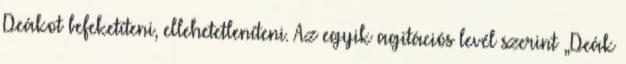
Deákot befeketíteni, ellehetetleníteni. Az egyik agitációs levél szerint „Deák